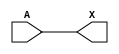
module sky130_fd_sc_ms__dlygate4sd2_4 (
    X,
    A
);
    output X;
    input  A;
    wire buf0_out_X;
    buf buf0 (buf0_out_X, A              );
    buf buf1 (X         , buf0_out_X     );
endmodule